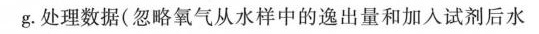
g. 处理数据(忽略氧气从水样中的逸出量和加入试剂后水